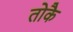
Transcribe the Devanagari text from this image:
तोकै